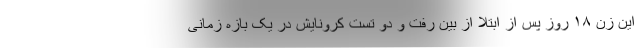
این زن ۱۸ روز پس از ابتلا از بین رفت و دو تست کرونایش در یک بازه زمانی